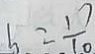
b = \frac { 1 7 } { 1 0 }